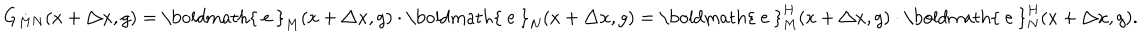
LaTeX: G _ { M N } ( x + \triangle x , g ) = \mathrm { \boldmath { ~ e ~ } } _ { M } ( x + \triangle x , g ) \cdot \mathrm { \boldmath { ~ e ~ } } _ { N } ( x + \triangle x , g ) = \mathrm { \boldmath { ~ e ~ } } _ { M } ^ { H } ( x + \triangle x , g ) \cdot \mathrm { \boldmath { ~ e ~ } } _ { N } ^ { H } ( x + \triangle x , g ) .